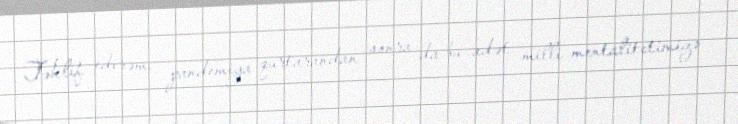
Təklif edirəm, pandemiya qurtarandan sonra da bu adət milli mentalitetimizə